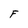
Character: F